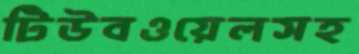
টিউবওয়েলসহ